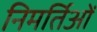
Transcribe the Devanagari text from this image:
निमर्तिओं